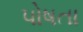
પોષતા